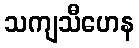
သကျသီဟေန